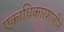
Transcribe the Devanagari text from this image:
एकाधिकारशाहीने